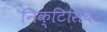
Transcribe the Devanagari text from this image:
निक्टिसिबस